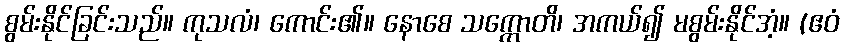
စွမ်းနိုင်ခြင်းသည်။ ကုသလံ၊ ကောင်း၏။ နောစေ သက္ကောတိ၊ အကယ်၍ မစွမ်းနိုင်အံ့။ (ဧဝံ